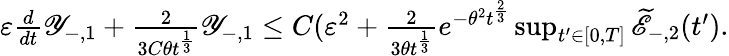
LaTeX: \begin{array}{r}{\varepsilon\frac{d}{dt}\mathscr Y_{-,1}+\frac{2}{3C\theta t^{\frac{1}{3}}}\mathscr Y_{-,1}\leq C(\varepsilon^{2}+\frac{2}{3\theta t^{\frac{1}{3}}}e^{-\theta^{2}t^{\frac{2}{3}}}\operatorname*{sup}_{t^{\prime}\in[0,T]}{\widetilde{\mathscr E}_{-,2}(t^{\prime})}.}\end{array}